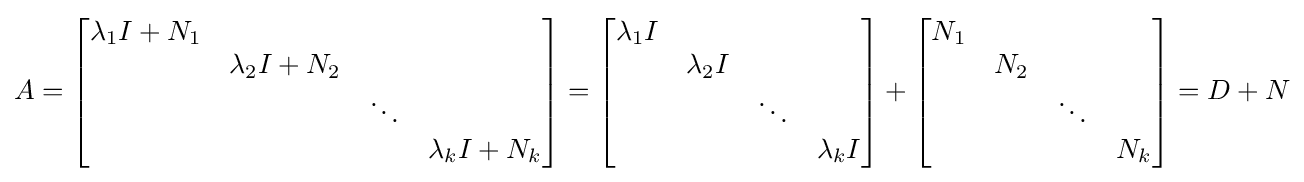
A={\begin{bmatrix}\lambda _{1}I+N_{1}&&&\\&\lambda _{2}I+N_{2}&&\\&&\ddots &\\&&&\lambda _{k}I+N_{k}\\\end{bmatrix}}={\begin{bmatrix}\lambda _{1}I&&&\\&\lambda _{2}I&&\\&&\ddots &\\&&&\lambda _{k}I\\\end{bmatrix}}+{\begin{bmatrix}N_{1}&&&\\&N_{2}&&\\&&\ddots &\\&&&N_{k}\\\end{bmatrix}}=D+N